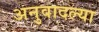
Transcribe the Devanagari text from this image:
अनुवादल्या